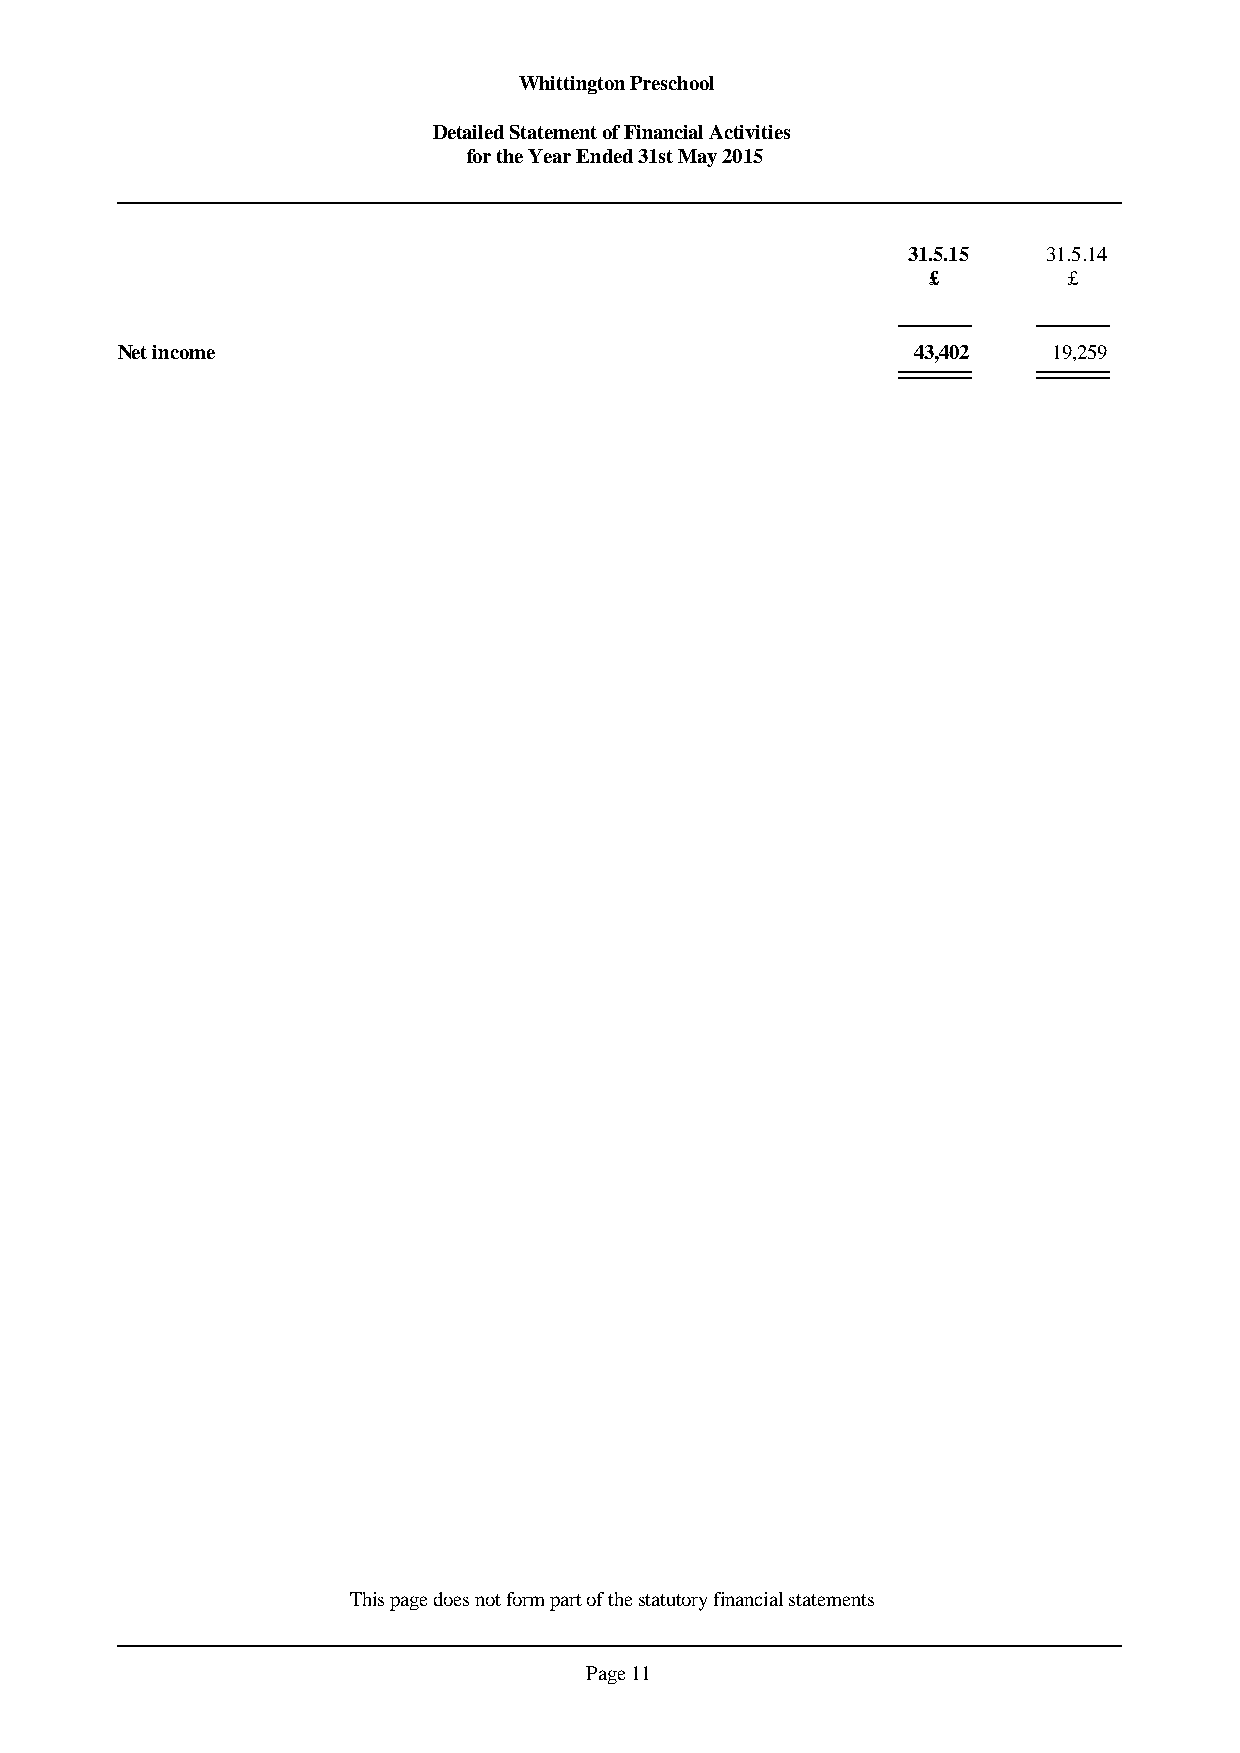
Whittington Preschool
 Detailed Statement of Financial Activities
 for the Year Ended 31st May 2015
 31.5.15  31.5.14
 £         £
 Net income                                          43,402    19,259
 This page does not form part of the statutory financial statements
 Page 11